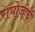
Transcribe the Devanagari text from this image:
राघोजीची